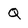
Character: Q